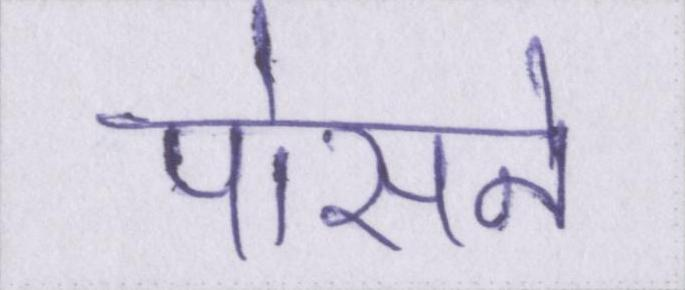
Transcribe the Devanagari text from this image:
पोसने